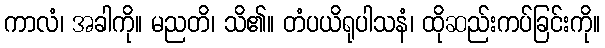
ကာလံ၊ အခါကို။ မညတိ၊ သိ၏။ တံပယိရုပါသနံ၊ ထိုဆည်းကပ်ခြင်းကို။